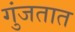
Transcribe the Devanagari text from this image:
गुंजतात